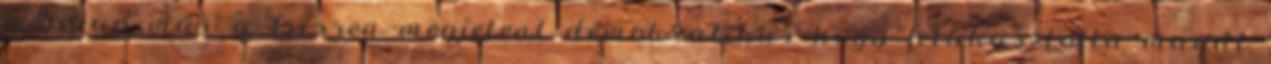
másnap már a frissen megjelent demokratikus hogy felakasztotta magát